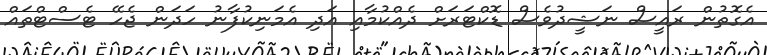
އެގޮތުން ރައީސް ނަޝީދުވެސް ޑޮކްޓަރަށް ދެއްކުމާއި އަދި އެމަނިކުފާނު ހަދަން ޖެހޭ ޓެސްޓްތައް